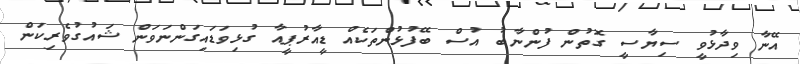
އޭނާ ވިދާޅުވީ ސިޔާސީ ގޮތުން ފުންނާބު އުސް ބޭފުޅުންތަކެއް ޑީއާރުޕީއާ ގުޅިވަޑައިގަންނަވަން ޝައުގުވެރިކަން